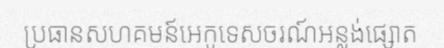
ប្រធានសហគមន៍អេកូទេសចរណ៍អន្លង់ផ្សោត